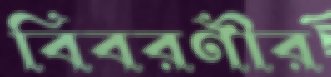
বিবরণীর